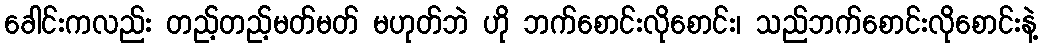
ခေါင်းကလည်း တည့်တည့်မတ်မတ် မဟုတ်ဘဲ ဟို ဘက်စောင်းလိုစောင်း၊ သည်ဘက်စောင်းလိုစောင်းနဲ့